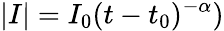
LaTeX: |I|=I_{0}(t-t_{0})^{-\alpha})